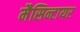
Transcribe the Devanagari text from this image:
मैसिन्टायर